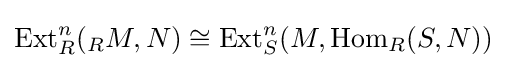
\operatorname {Ext} _{R}^{n}({}_{R}M,N)\cong \operatorname {Ext} _{S}^{n}(M,\operatorname {Hom} _{R}(S,N))